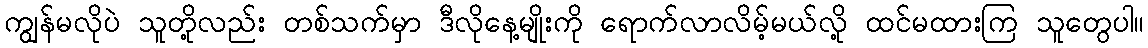
ကျွန်မလိုပဲ သူတို့လည်း တစ်သက်မှာ ဒီလိုနေ့မျိုးကို ရောက်လာလိမ့်မယ်လို့ ထင်မထားကြ သူတွေပါ။